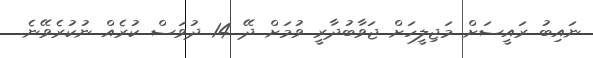
ނައިބު ރައީސަށް މަޖިލީހަށް ޖަވާބުދާރީ ވުމަށް ދޭ 14 ދުވަސް ކުރެއް ނުކުރެވޭނެ.